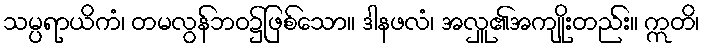
သမ္ပရာယိကံ၊ တမလွန်ဘဝ၌ဖြစ်သော။ ဒါနဖလံ၊ အလှူ၏အကျိုးတည်း။ ဣတိ၊